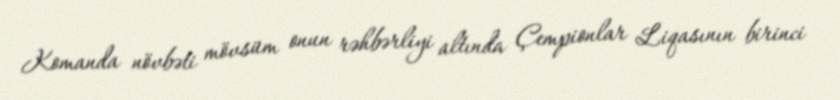
Komanda növbəti mövsüm onun rəhbərliyi altında Çempionlar Liqasının birinci